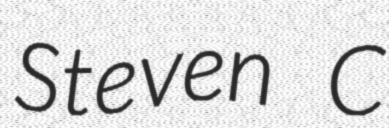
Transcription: Steven C